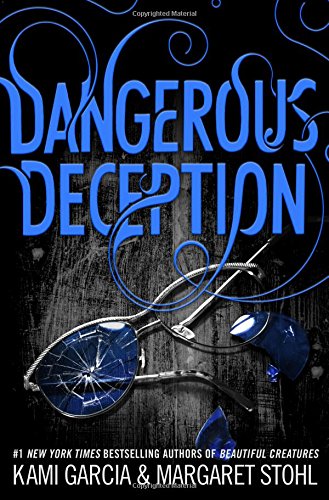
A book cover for Dangerous Deception (Dangerous Creatures); Kami Garcia; Teen & Young Adult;